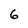
Character: 6